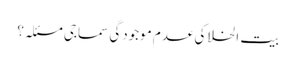
بیت الخلا کی عدم موجودگی سماجی مسئلہ؟